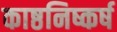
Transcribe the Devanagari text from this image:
काष्ठनिष्कर्ष